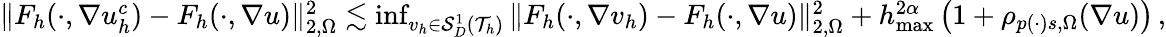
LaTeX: \begin{array}{r}{\| F_{h}(\cdot,\nabla u_{h}^{\textit{c}})-F_{h}(\cdot,\nabla u)\| _{2,\Omega}^{2}\lesssim\operatorname*{inf}_{v_{h}\in\mathcal{S}_{D}^{1}(\mathcal{T}_{h})}{\| F_{h}(\cdot,\nabla v_{h})-F_{h}(\cdot,\nabla u)\| _{2,\Omega}^{2}}+h_{\operatorname*{max}}^{2\alpha}\, \big(1+\rho_{p(\cdot)s,\Omega}(\nabla u)\big)\, ,}\end{array}